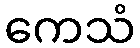
ကေသံ